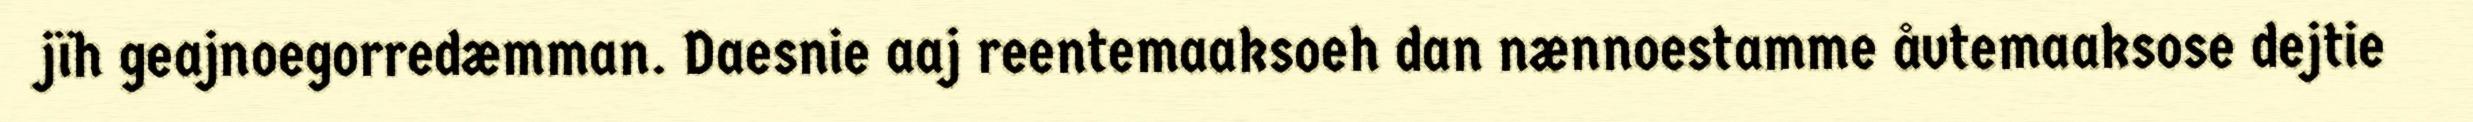
jïh geajnoegorredæmman. Daesnie aaj reentemaaksoeh dan nænnoestamme åvtemaaksose dejtie